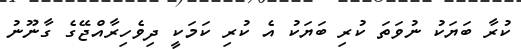
ކުރާ ބަޔަކު ނުވަތަ ކުރި ބަޔަކު އެ ކުރި ކަމަކީ ދިވެހިރާއްޖޭގެ ގާނޫނު